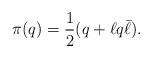
LaTeX: \begin{align*}\pi(q) = {1\over2} (q + \ell q \bar\ell) .\end{align*}